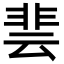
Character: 𮧄